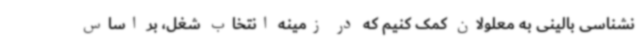
نشناسی بالینی به معلولان کمک کنیم که در زمینه انتخاب شغل، بر اساس